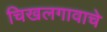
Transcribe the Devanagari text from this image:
चिखलगावाचे